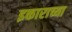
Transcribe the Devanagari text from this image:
इकाराच्या